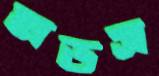
মডস